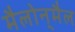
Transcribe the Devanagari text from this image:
मैलोन्‌मैल